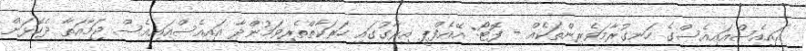
އައިއެސްއައިއެސްގެ ހަނގުރާމަވެރިންތަކެއް - ފޮޓޯ: އޭއެފްޕީ އިރާގުގައި ހަރަކާތްތެރިވަމުންދާ އައިއެސްއައިއެސް ޖަމާއަތާ ދެކޮޅަށް